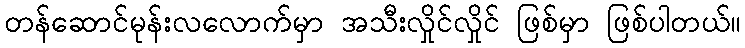
တန်ဆောင်မုန်းလလောက်မှာ အသီးလှိုင်လှိုင် ဖြစ်မှာ ဖြစ်ပါတယ်။